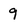
Character: 9